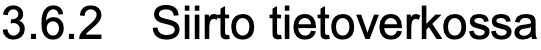
3.6.2 Siirto tietoverkossa